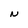
Character: N